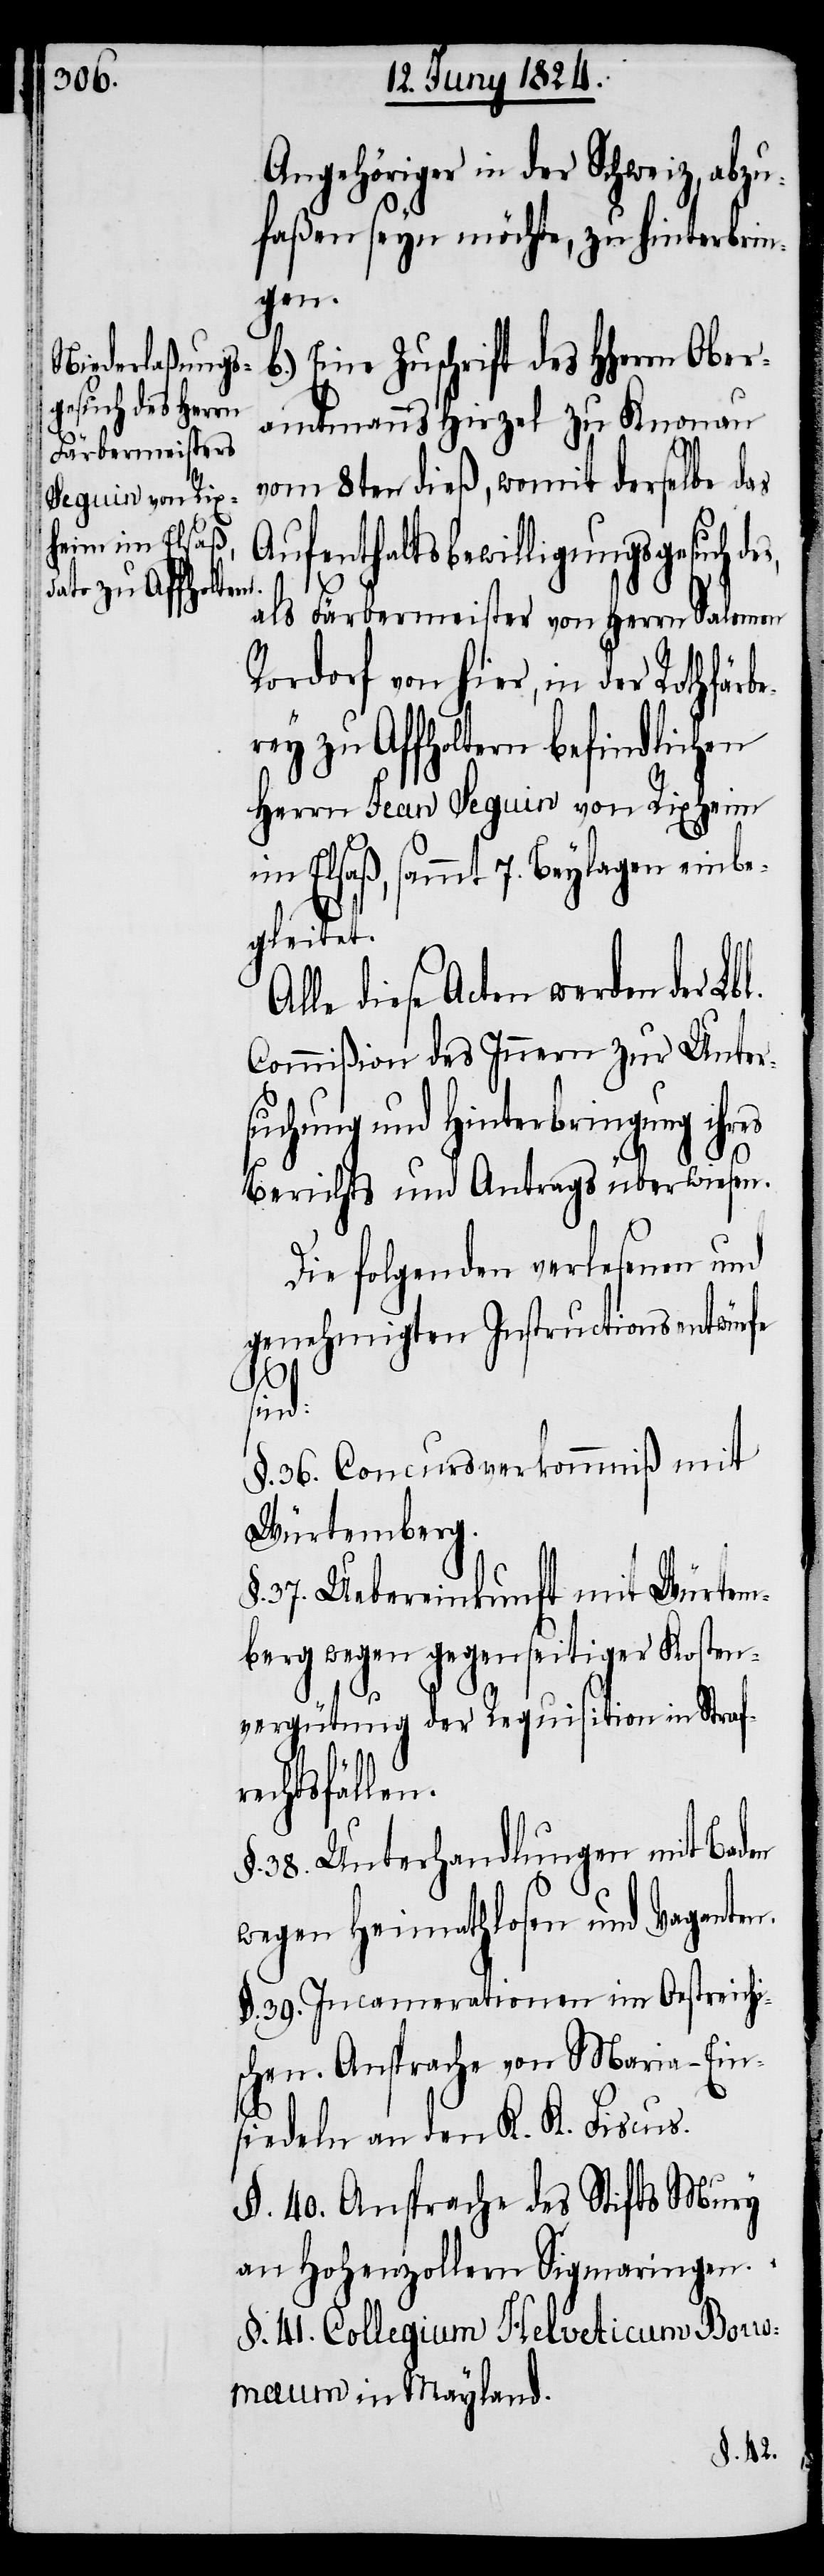
Angehöriger in der Schw¬
faßen seyn möchte, zu hinterbrin¬
gen.
Eine Zuschrift des HHerrn Ober¬
amtmanns Hirzel zu Knonau
vom 8ten dieß, womit derselbe das
Aufenthaltsbewilligungsgesuch des,
r¬
als Färbemeister von Herrn Salomon
Rordorf von hier, in der Rothfärb¬
erey zu Affholtern befindlichen
Herrn Jean Seguin von Rixheim
im Elsaß, sammt 7. Beylagen einbe¬
gleitet.
lle diese Acten werden der Lbl.
Commißion des Innern zur Unter¬
suchung und Hinterbringung ihres
Berichts und Antrags überwiesen.
Die folgenden verlesenen und
genehmigten Instructionsentwürfe
abzu¬
sind:
§. 36. Concursverkommniß mit
Würtemberg.
37. Uebereinkunft mit Würtem¬
berg wegen gegenseitiger Kosten¬
vergütung der Requisition in Straf¬
echtsfällen.
38. Unterhandlungen mit Baden
wegen Heimathlosen und Vaganten.
§. 39. Incamerationen im Oesterreichi¬
schen. Ansprache von Maria-Ein¬
siedeln an den K. K. Fiscus.
§. 40. Ansprache des Stifts Mury
an Hohenzollern Sigmaringen.
§. 41. Collegium Helveticum Borr¬
omaum in Mayland.